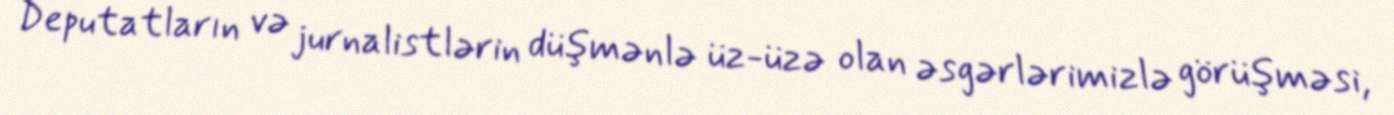
Deputatların və jurnalistlərin düşmənlə üz-üzə olan əsgərlərimizlə görüşməsi,